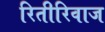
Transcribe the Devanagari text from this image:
रितीरिवाज